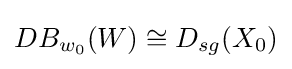
DB_{w_{0}}(W)\cong D_{sg}(X_{0})